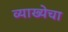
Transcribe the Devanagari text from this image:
व्याख्येचा